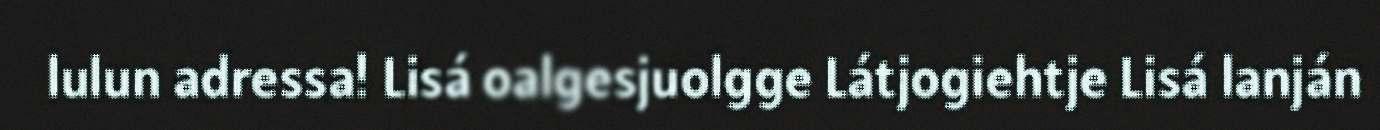
lulun adressa! Lisá oalgesjuolgge Látjogiehtje Lisá lanján